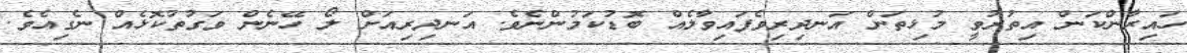
ހައިރާންކަން އިތުރުވީ މުޅިތަން އަނދިރިވެފައިވާލެއް ބޮޑުކަމުންނެވެ. އަނދިރިއަށް ލޯ ހޭނެން ވަގުތުކޮޅެއް ނެގިއެވެ.